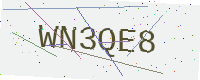
Text: WN3QE8